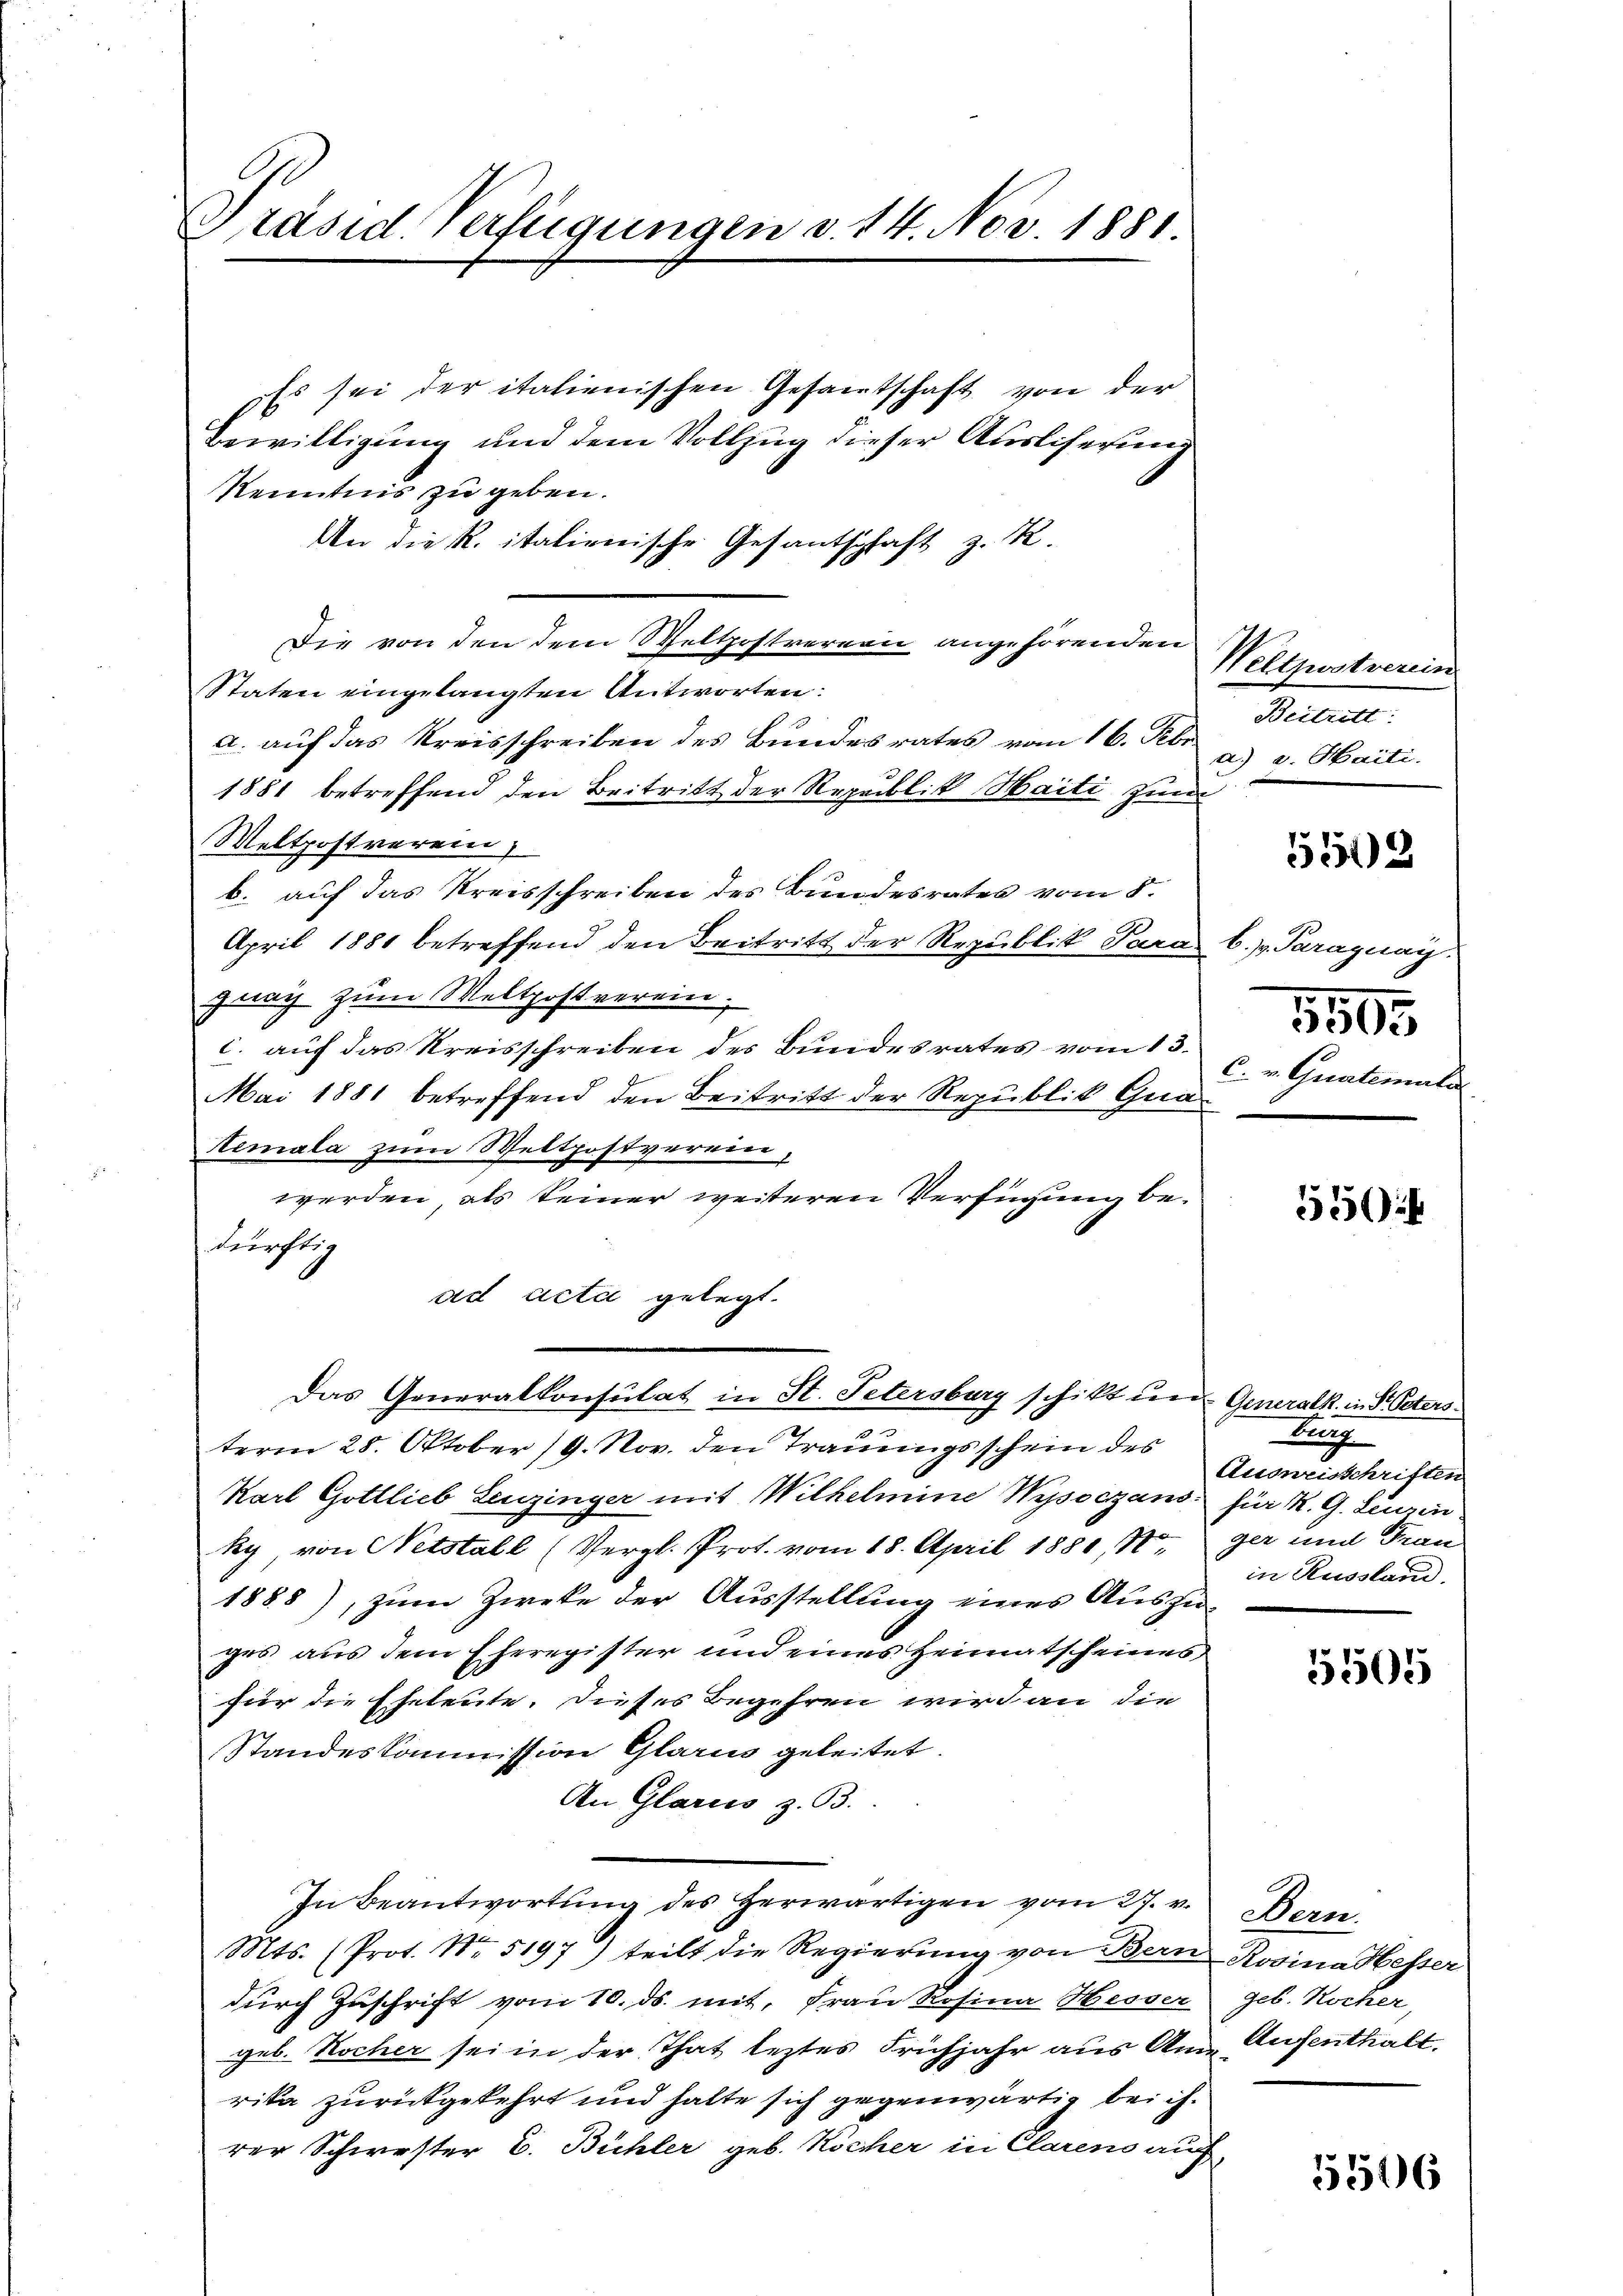
Präsid. Verfügungen v. 14. Nov. 1881.

Es sei der italienischen Gesamtschaft von der
Bewilligung und dem Vollzug dieser Auslieferung
Kenntnis zu geben.
An die R. italienische Gesantschaft z. K.
Die von den dem Weltpostvernen angehörenden
Staten eingelangten Antworten:
a. auf das Kreisschreiben des Bundesrates vom 16. Febr. a. v. Haiti.
1881 betreffend den Britritt der Republik Waiti zum
Weltpostverein
b. auf das Kreisschreiben des Bundesrates vom 8.
April 1881 betreffend den Beitritt der Republik Para
fach zum Weltpost verein.
c. auf das Kreisschreiben des Bundesrates vom 13.
Mai 1881 betreffend den Beitritt der Republik Gra
emala zum Weltpostverein,
werden, als keiner weiteren Verfügung bedürftig
ad acta gelegt.
Das Generalkonsulat in St. Petersburg schikt und Generalk in d. Petersterm 28. Oktober 19. Nov. den Trauungsschein des
Karl Gottlieb Leuzinger mit Wilhelmine Wysoczans für K. G. Leuzin
ky, von Netstall (Vergl. Prot. vom 18. April 1881, S.
1888), zum Zweke der Ausstellung eines Aushinges aus dem Eheregister und eines Heimatscheines
für die Eheleute. Dieses Begehren wird an die
Standeskommission Glarus geleitet.
An Glarus z. B.
In Beantwortung des herwärtigen vom 27. v. Bern
Mts. (Prot. Nr. 5197) teilt die Regierung von Bern Rosina Hesser
dŭrch Zuschrift vom 10. ds. mit, Frau Rosina Hesser geb. Kocher,
geb. Nocher sei in der That leztes Frühjahr aus Am- Aufenthalt
rika zurückgekehrt und halte sich gegenwärtig bei ihrer Schwester C. Bühler geb. Kochher in Clarens auf,

Weltzwstverein
Beitritt:

5502

b. J. Paraguay.
5505
C. v. Gualemali

555

Burg
Ausweisschriften
ger und Frau
in Russland.

5505

5506